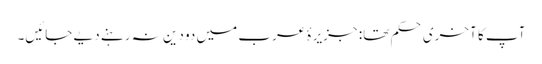
آپ کا آخری حکم تھا: جزیرۂ عرب میں دو دین نہ رہنے دیے جائیں۔